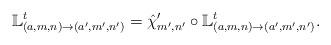
LaTeX: \begin{align*}\mathbb{L}_{(a,m,n)\to(a',m',n')}^{t}=\hat{\chi}'_{m',n'}\circ \mathbb{L}_{(a,m,n)\to(a',m',n')}^{t}.\end{align*}